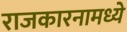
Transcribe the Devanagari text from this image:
राजकारनामध्ये